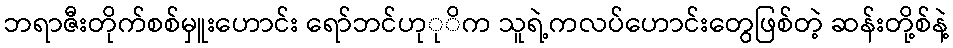
ဘရာဇီးတိုက်စစ်မှူးဟောင်း ရော်ဘင်ဟုုိက သူရဲ့ကလပ်ဟောင်းတွေဖြစ်တဲ့ ဆန်းတို့စ်နဲ့